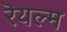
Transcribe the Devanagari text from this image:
रॆयल्म